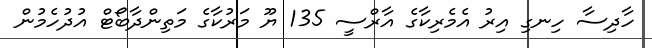
ހާދިސާ ހިނގި އިރު އެމެރިކާގެ އާރްސީ 135 ޔޫ މަރުކާގެ މަތިންދާބޯޓް އުދުހެމުން